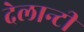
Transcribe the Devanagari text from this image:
देलान्टी